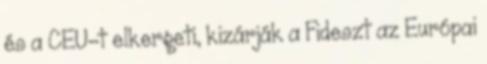
és a CEU-t elkergeti, kizárják a Fideszt az Európai